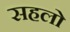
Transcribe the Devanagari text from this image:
सहलो